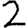
Digit: 2